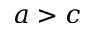
a > c